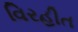
વિરહીત